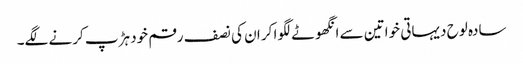
سادہ لوح دیہاتی خواتین سے انگھوٹے لگوا کر ان کی نصف رقم خود ہڑپ کرنے لگے۔